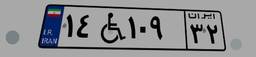
۸۶W۷۵۹۲۳